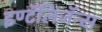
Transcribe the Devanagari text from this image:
इण्टॅलिजॅन्स